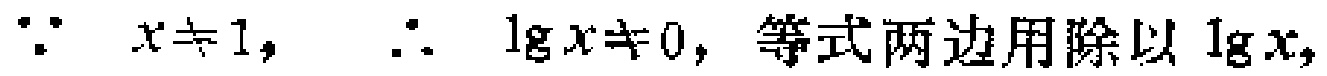
\(\because x\neq 1,\ \therefore \lg x\neq 0,\) 等式两边用除以 \(\lg x,\)